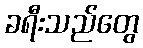
ခရီးသည်တွေ